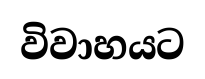
විවාහයට